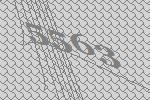
5563